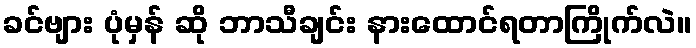
ခင်ဗျား ပုံမှန် ဆို ဘာသီချင်း နားထောင်ရတာကြိုက်လဲ။